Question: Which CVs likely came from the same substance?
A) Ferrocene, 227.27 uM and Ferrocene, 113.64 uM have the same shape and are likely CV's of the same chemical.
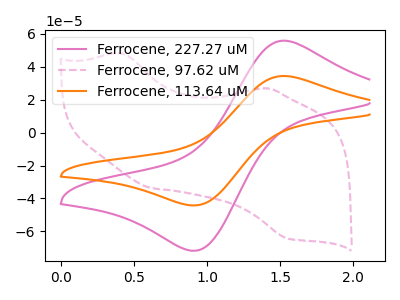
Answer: <think>The pink curve "Ferrocene, 227.27 uM" has an anodic peak at (1.55V, 55.90uA) and a cathodic peak at (0.90V, -71.75uA). The pink dashed curve "Ferrocene, 97.62 uM" has anodic peaks at (0.40V, 48.10uA) (1.40V, 26.85uA) and cathodic peaks at (0.60V, -33.65uA) (1.55V, -64.05uA). The orange curve "Ferrocene, 113.64 uM" has an anodic peak at (1.55V, 34.45uA) and a cathodic peak at (0.90V, -44.20uA).
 "Ferrocene, 227.27 uM" and "Ferrocene, 97.62 uM" have a different number of peaks. All the peaks in "Ferrocene, 227.27 uM" have a peak in "Ferrocene, 113.64 uM" at the same potential. Every peak in "Ferrocene, 227.27 uM" is higher than every peak in "Ferrocene, 113.64 uM". "Ferrocene, 97.62 uM" and "Ferrocene, 113.64 uM" have a different number of peaks.</think>
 <answer>A) "Ferrocene, 227.27 uM" and "Ferrocene, 113.64 uM" have the same shape and are likely CV's of the same chemical.</answer>
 <eval>A</eval>